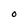
Character: O